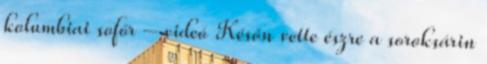
kolumbiai sofőr – videó Későn vette észre a soroksárin